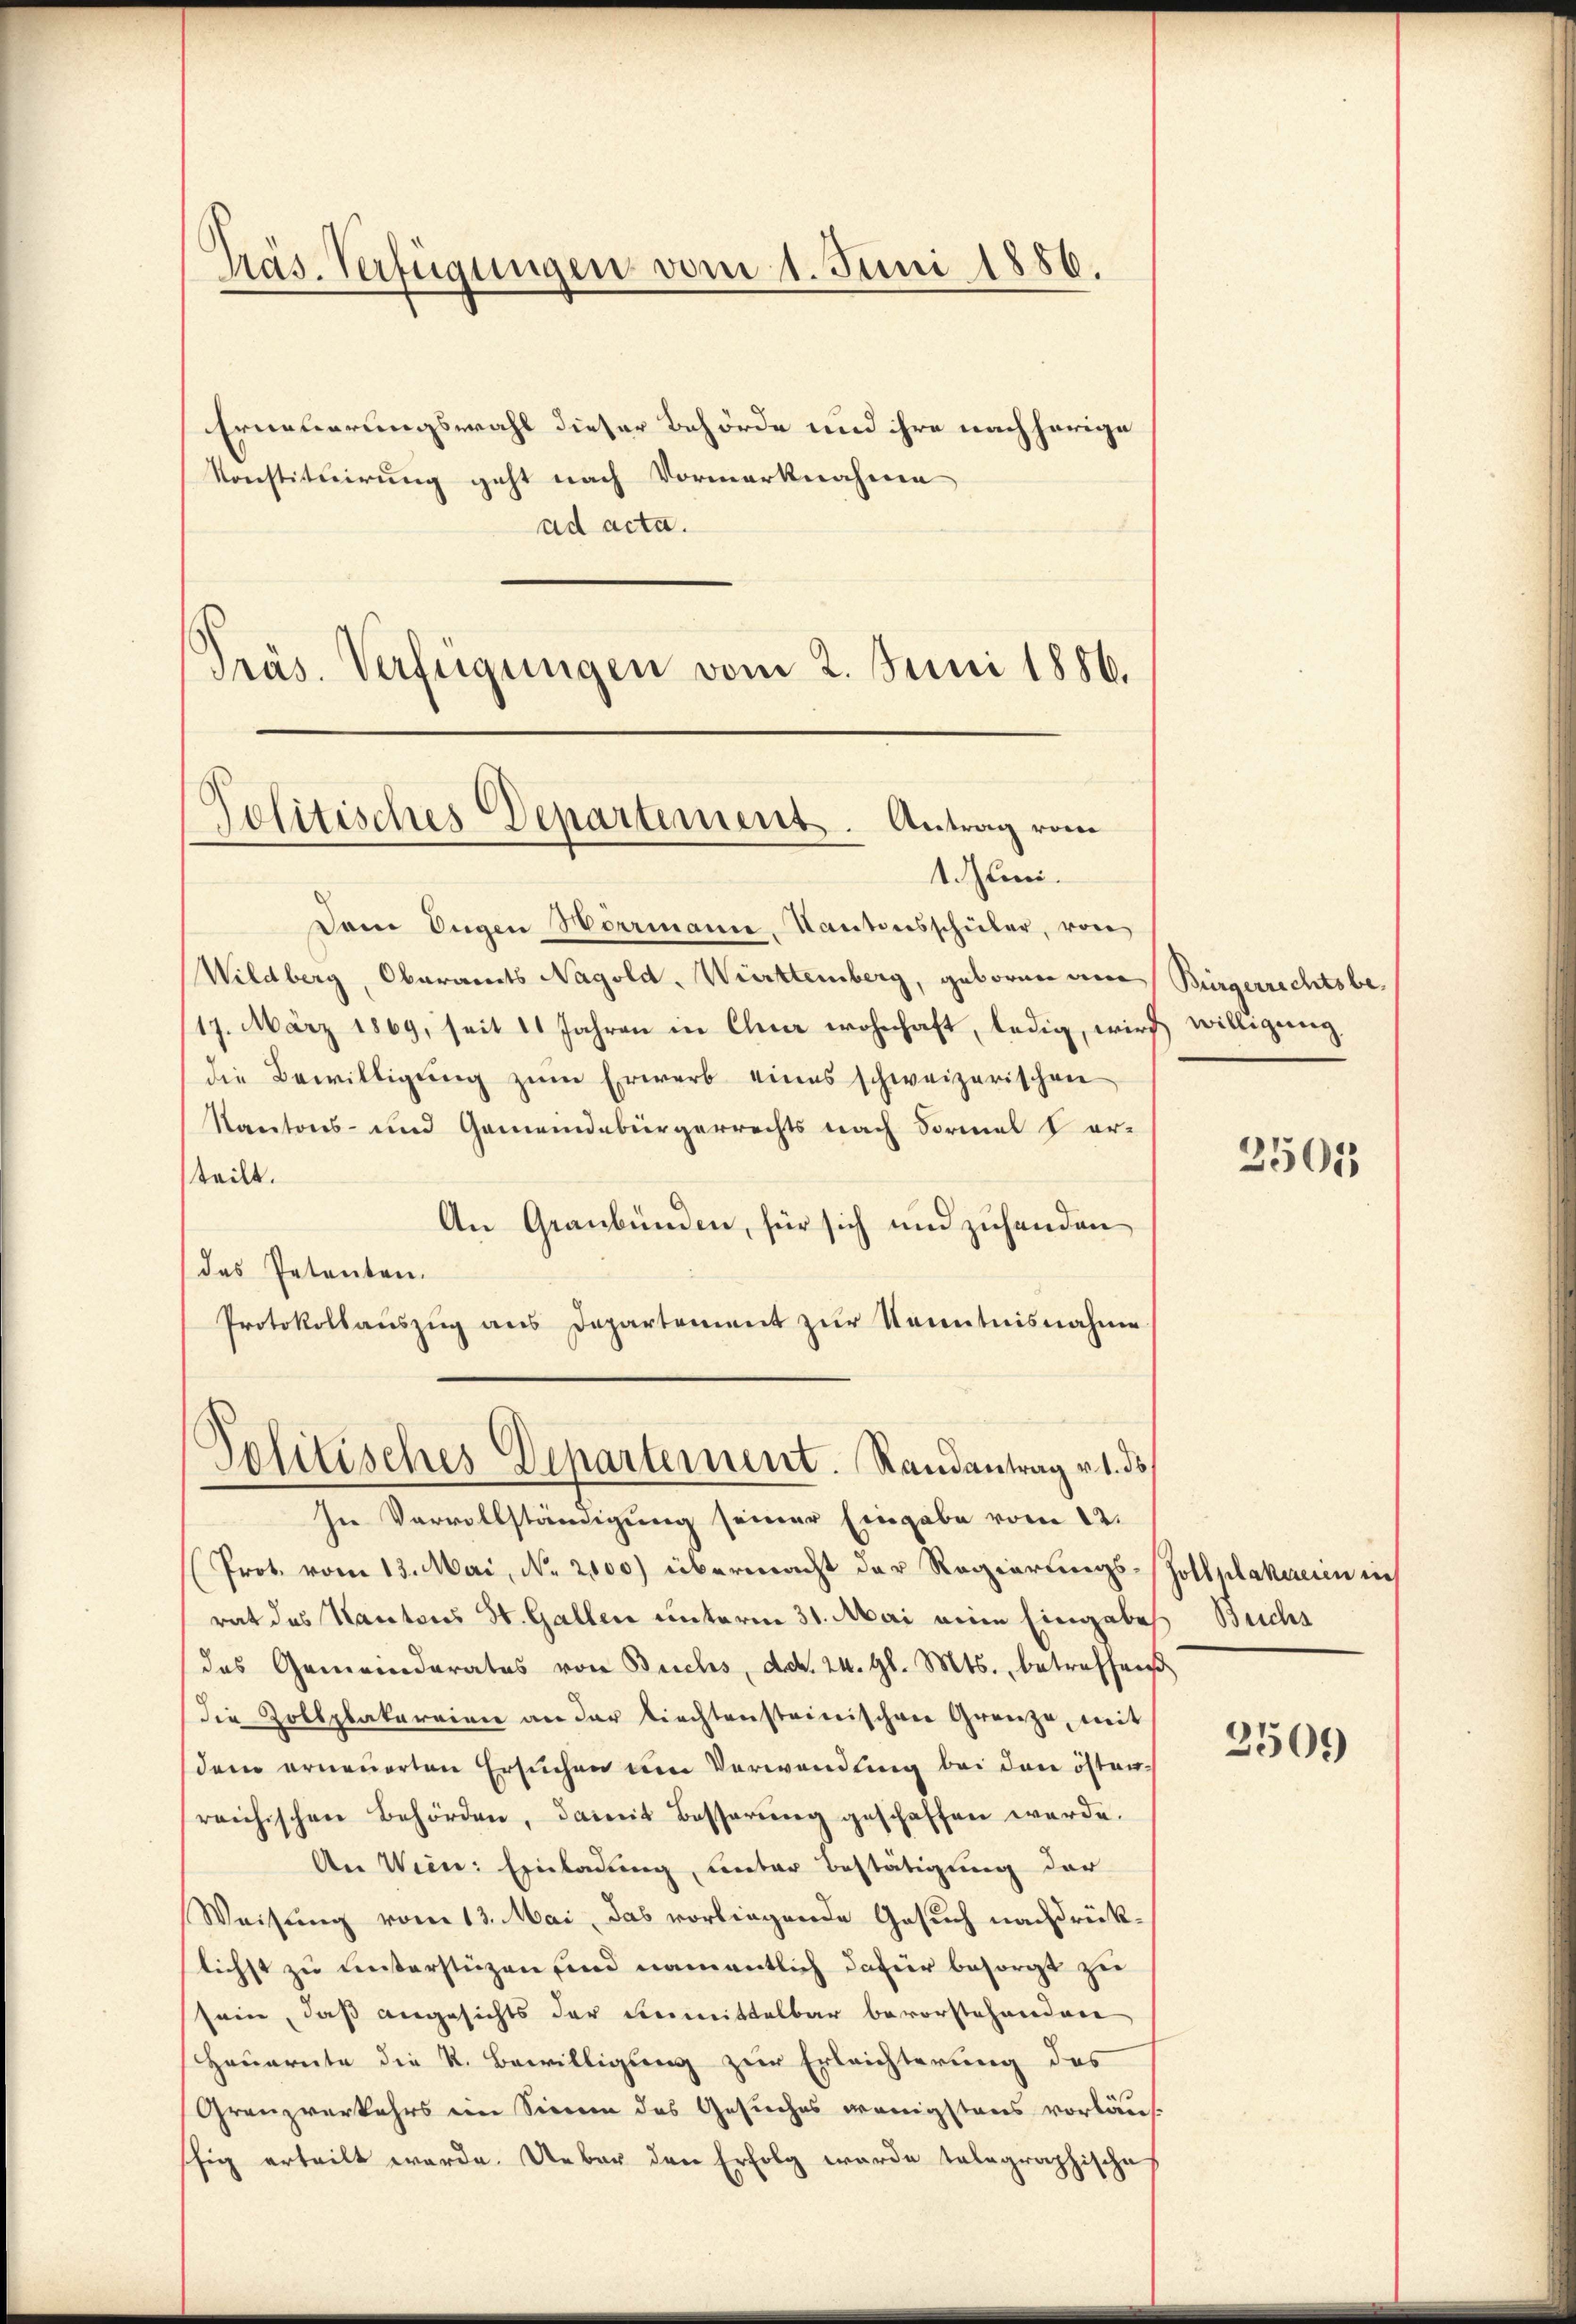
Präs. Verfügungen vom 1. Juni 1886.

Erneuerungswahl dieser Behörde und ihre nachherige
Konstituirung geht nach Vormerknahme
ad acta.
Präs. Verfügungen vom 2. Juni 1886.

Politisches Departement. Antrag vom
1. Juni.

Dam Engen Herrmann, Kantonsschüler, von
Wildberg, Oberamts Nagold, Württemberg, geboren am Bürgerrechtsbe¬
17. März 1869, seit 11 Jahren in Chur wohnhaft, ledig, wird willigung
die Bewilligung zum Erwerb eines schweizerischen
Kantons- und Gemeindebürgerrechts nach Formal erteilt.
An Graubünden, für sich und zuhanden
das Petenten.
Protokollauszug aus Departement zur Kenntnisnahme
In Vervollständigung seiner Eingabe vom 12.
Prot. vom 13. Mai, No. 2000) übermacht der Regierungsrat des Kantons St. Gallen unterm 31. Mai eine Eingabes Buchs
das Gemeinderates von Buchs, d. d. 24. gl. Mts., betreffen
die Zollplakereien an der liechtensteinischen Grenze, mit
dem erneuerten Ersuchen um Verwendung bei den österreichischen Behörden, damit Basserung geschaffen werde.
An Wien: Einladung, unter Bestätigung der
Weisung vom 13. Mai, das vorliegende Gesuch nachdrücklichst zu unterstüzen und namentlich dafür besorgt zu
sein, daß angesichts der unmittelbar bevorstehenden,
Heuernte die k. Bewilligung zur Erleichterung des
Granzverkehrs ein Sinne des Gesuches wenigstens vorläuf
hig erteilt werde. Ueber den Erfolg wurde telegraphische

Politisches Departement. Randantrag v. 1. ds.

2501

Gollplakereien in

2500